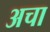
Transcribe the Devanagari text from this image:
अचा